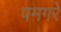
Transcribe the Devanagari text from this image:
पमगरे